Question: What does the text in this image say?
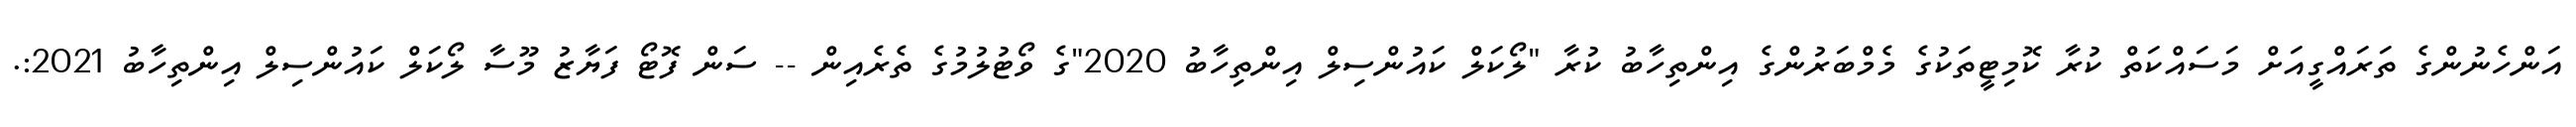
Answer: އަންހެނުންގެ ތަރައްގީއަށް މަސައްކަތް ކުރާ ކޮމިޓީތަކުގެ މެމްބަރުންގެ އިންތިހާބު ކުރާ "ލޯކަލް ކައުންސިލް އިންތިހާބު 2020"ގެ ވޯޓުލުމުގެ ތެރެއިން -- ސަން ފޮޓޯ ފަޔާޒު މޫސާ ލޯކަލް ކައުންސިލް އިންތިހާބު 2021:.